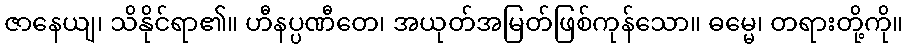
ဇာနေယျ၊ သိနိုင်ရာ၏။ ဟီနပ္ပဏီတေ၊ အယုတ်အမြတ်ဖြစ်ကုန်သော။ ဓမ္မေ၊ တရားတို့ကို။